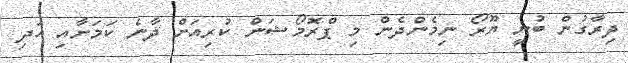
ދިރާގުން ބުނީ ޔޫރޯ ނިމެންދެން މި ޕްރޮމޯޝަން ކުރިއަށް ދާނެ ކަމަށާއި އަދި